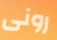
رونى